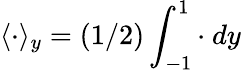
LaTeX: \langle\cdot\rangle_{y}=(1/2)\int_{-1}^{1}\cdot\ dy